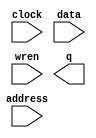
module RAM_Port1 (
	address,
	clock,
	data,
	wren,
	q);

	input	[15:0]  address;
	input	  clock;
	input	[15:0]  data;
	input	  wren;
	output	[15:0]  q;
`ifndef ALTERA_RESERVED_QIS
// synopsys translate_off
`endif
	tri1	  clock;
`ifndef ALTERA_RESERVED_QIS
// synopsys translate_on
`endif

endmodule